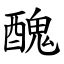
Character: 醜